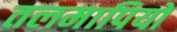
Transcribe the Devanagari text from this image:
तलमापियों